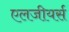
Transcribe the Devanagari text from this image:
एलजीयर्स